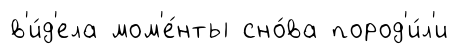
в'и́д'ела мом'е́нты сно́ва пород'и́л'и